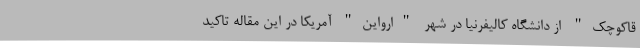
قاکوچک" از دانشگاه کالیفرنیا در شهر "ارواین" آمریکا در این مقاله تاکید